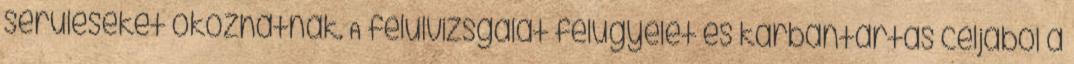
sérüléseket okozhatnak. A felülvizsgálat felügyelet és karbantartás céljából a